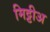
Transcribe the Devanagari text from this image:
मिट्टीअ